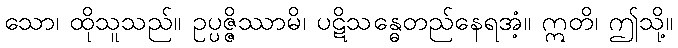
သော၊ ထိုသူသည်။ ဥပ္ပဇ္ဇိဿာမိ၊ ပဋိသန္ဓေတည်နေရအံ့။ ဣတိ၊ ဤသို့။